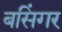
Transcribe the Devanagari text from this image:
बसिंगर